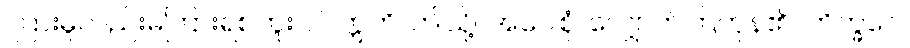
ကြားမူလည်းမကြားရစဘူး ပါ။ ဣတိ၊ ဤသို့။ အဝေါစုံ၊ လျှောက်ကြကုန်၏။ ဘိက္ခဝေ၊